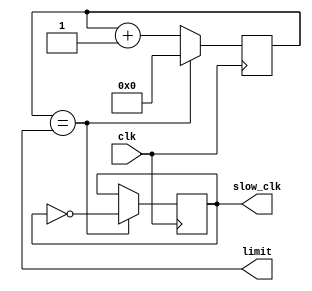
`timescale 1ns / 1ps
//////////////////////////////////////////////////////////////////////////////////
// Company: 
// Engineer: 
// 
// Design Name: 
// Module Name: clk20khz
// Project Name: 
// Target Devices: 
// Tool Versions: 
// Description: 
// 
// Dependencies: 
// 
// Revision:
// Revision 0.01 - File Created
// Additional Comments:
// 
//////////////////////////////////////////////////////////////////////////////////


module clk20khz(

    input clk,
    output reg [31:0] limit,
    output reg slow_clk = 0
    );
    
    reg[31:0] count = 0;
    
    always @(posedge clk)
    begin
        slow_clk = (count==limit)? ~slow_clk : slow_clk;
        count = (count==limit)? 0 : count+1;
    end
endmodule